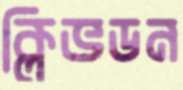
ক্লিভডন